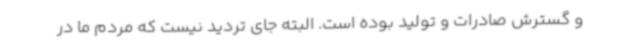
و گسترش صادرات و تولید بوده است. البته جای تردید نیست که مردم ما در